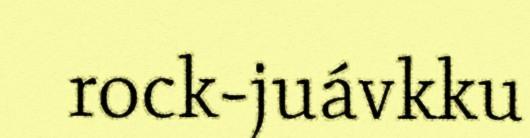
rock-juávkku